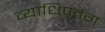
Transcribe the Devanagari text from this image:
व्याधिपतंग